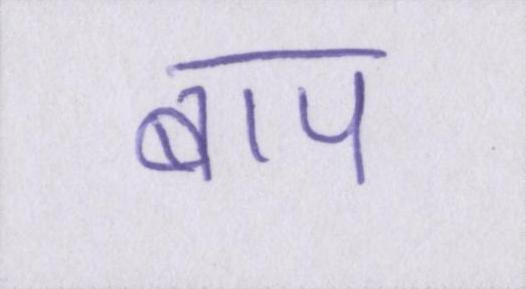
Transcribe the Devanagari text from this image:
बाप